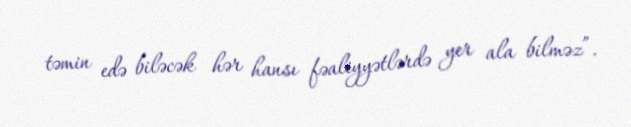
təmin edə biləcək hər hansı fəaliyyətlərdə yer ala bilməz”.